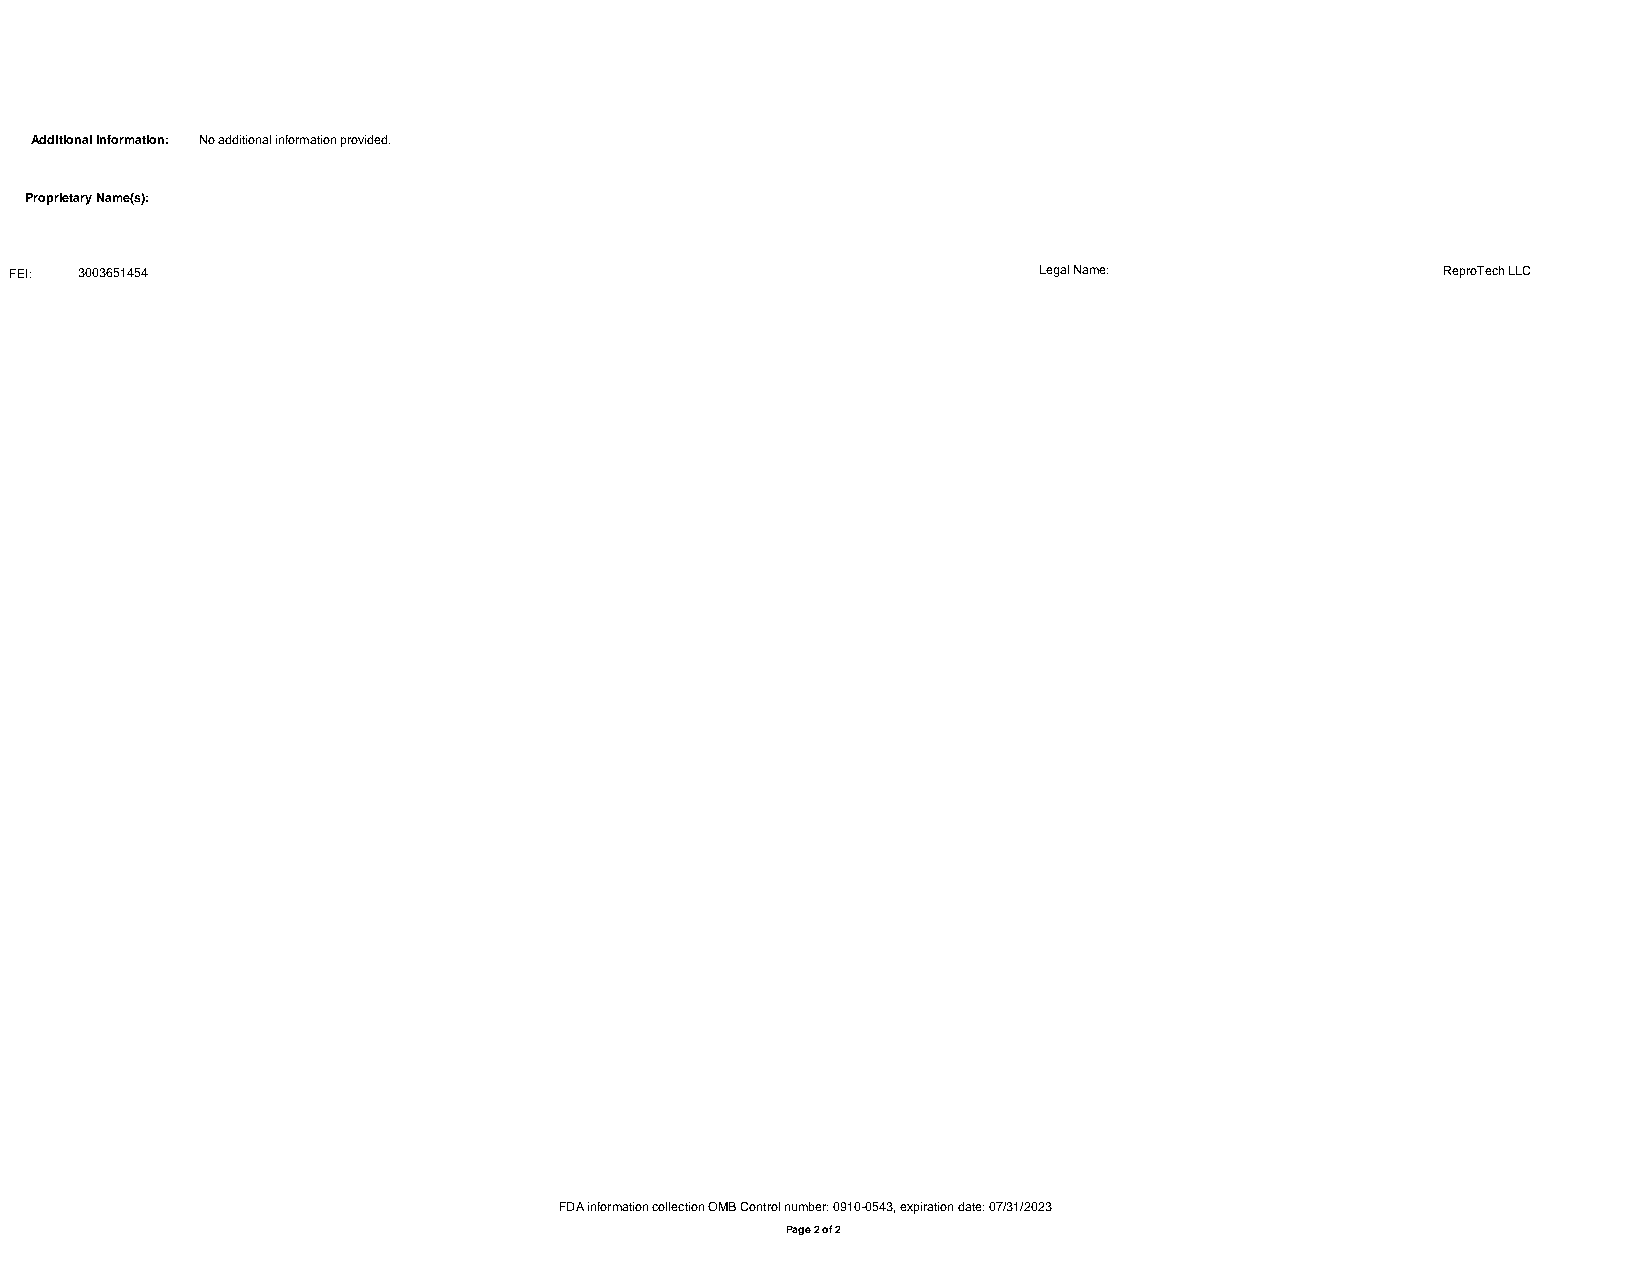
Additional Information: No additional information provided.
 Proprietary Name(s):
 FEI: 3003651454                                                     Legal Name:               ReproTech LLC
 FDA information collection OMB Control number: 0910-0543, expiration date: 07/31/2023
 Page 2 of 2